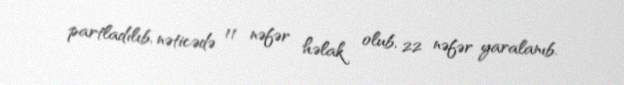
partladılıb, nəticədə 11 nəfər həlak olub, 22 nəfər yaralanıb.